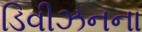
ડિવીઝનના